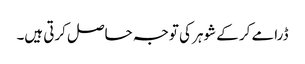
ڈرامے کر کے شوہر کی توجہ حاصل کرتی ہیں۔